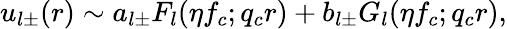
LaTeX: u_{l\pm}(r)\sim a_{l\pm}F_{l}(\eta f_{c};q_{c}r)+b_{l\pm}G_{l}(\eta f_{c};q_{c}r),